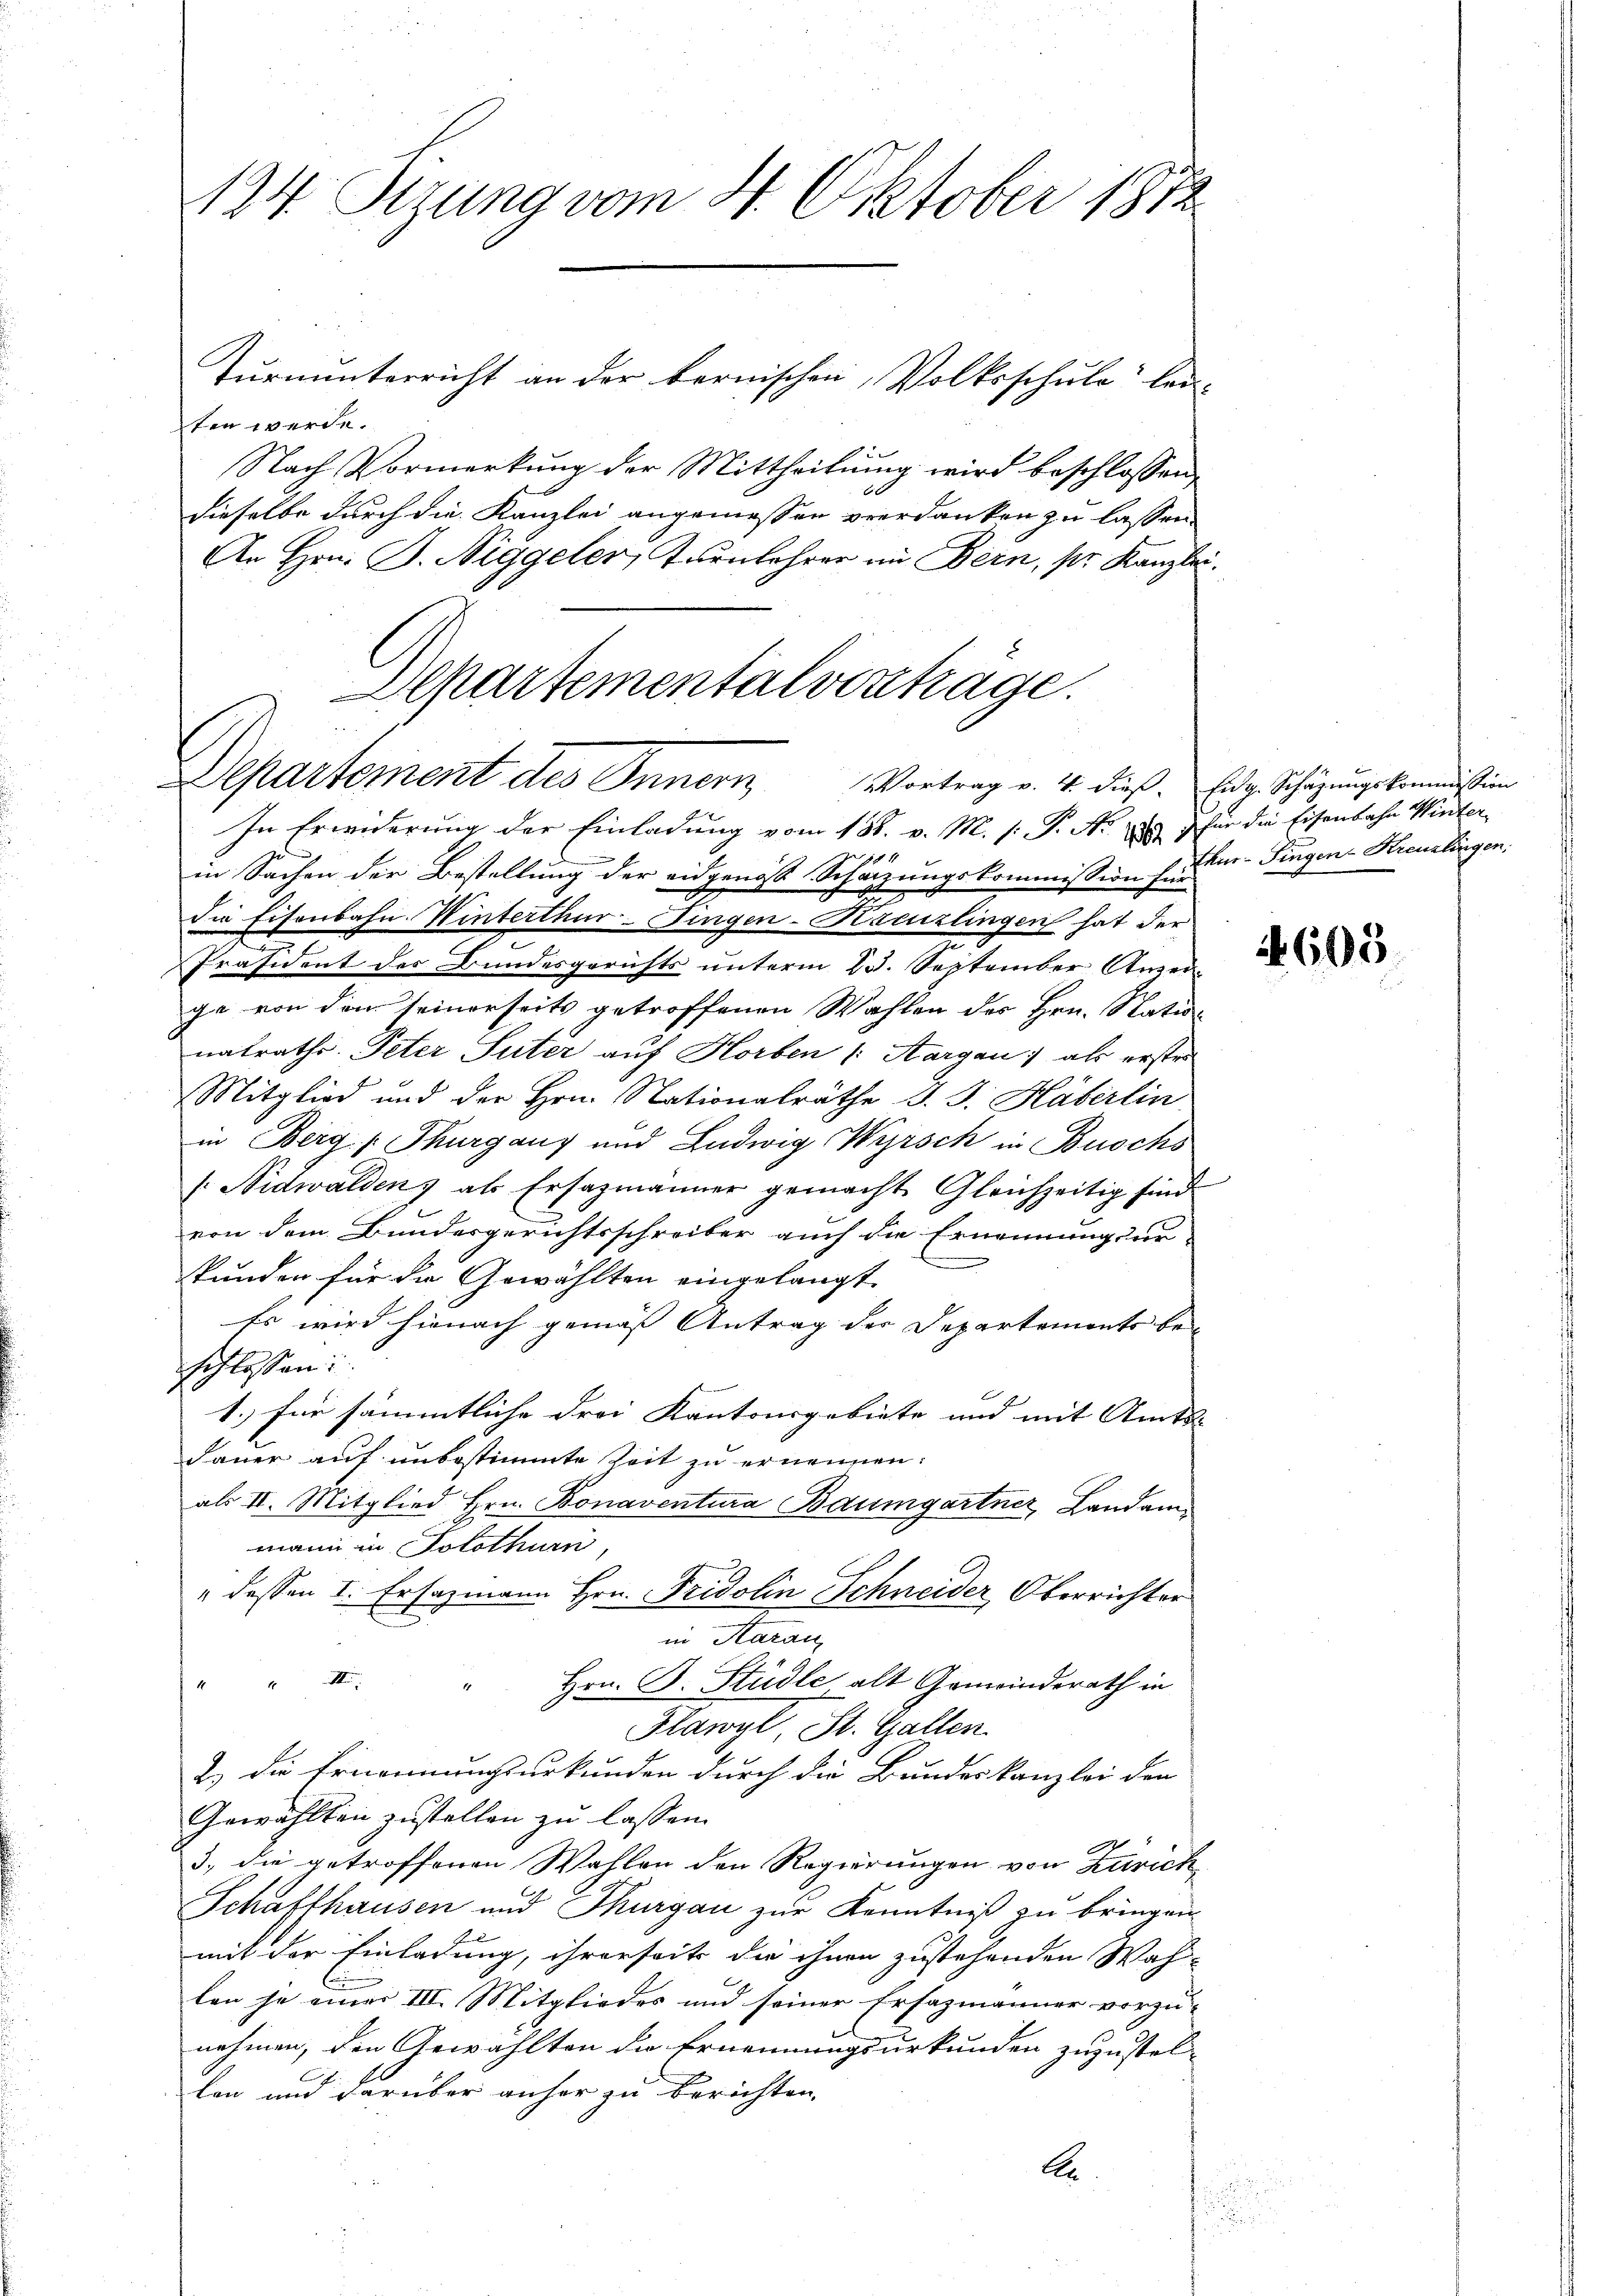
124. Sizung vom 4. Oktober 1872

Turnunterricht an der bernischen, Volksschule lei-
ten werde.
Nach Vormerkung der Mittheilung wird beschlossen,
dieselbe durch die Kanzlei angemessen verdanken zu lassen.
An Hrn. B. Riggeler, Turnlehrer im Bern, pr. Kanzlei

Departementalverträge.
Departement des Innern, Vortrag v. 4. dieß. Eidg. Schazungskommission

In Erwiderung der Einladung vom 18. v. M. s. P. Nr. 289) für die Eisenbahn Winter
in Sachen der Bestellung der eidgenoss Schätzungskommission für iur. Fingen Kreuzlingen.
Die Eisenbahn Winterthur-Fingen-Kreuzlingen hat der
Präsident des Bundesgerichts unterm 23. September Anerge von den seinerseits getroffenen Wahlen des Hrn. Stationatraths Peter Suter auf Horben (Aargau) als erster
Mitglied und der Hrn. Nationalräthe J. J. Häberlin
in Berg (Thurgang und Ludwig Wyrsch in Buochs
/. Nidwalden, als Ersazmänner gemacht. Gleichzeitig sind
von dem Bundesgerichtsschreiber auch die Ernennung ur-
stunden für die Gewählten eingelangt
Es wird hienach gemäss Antrag der Departements be
schlossen:
1. für sämmtliche drei Kantonsgebiete und mit Amts-
dauer auf unbestimmte Zeit zu ernennen.
als II. Mitglied Hrn. Bonaventura Baumgartner, Landam
mann in Solothurn,
" dessen I. Ersazmann Hrn. Fridolin Schneider Oberrichter
in Aarau
" II. " Hrn. B. Städte alt Gemeindsrath in
Flawyl, St. Gallen
2.) Die Ernennungsurkunden durch die Bundeskanzlei den
Gewählten zustellen zu lassen.
3., die getroffenen Wahlen den Regierungen von Zürich
Schaffhausen und Thurgau zur Kenntniß zu bringen.
mit der Einladung, ihrerseits die ihnen zustehenden Wah-
len je einer III. Mitgliedes und seiner Ersazmänner vorzu-
nehmen, den Gewählten die Ernennungsurkunden zuzustel-
lon und darüber anher zu berichten,

A

4603